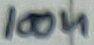
Text: 100n